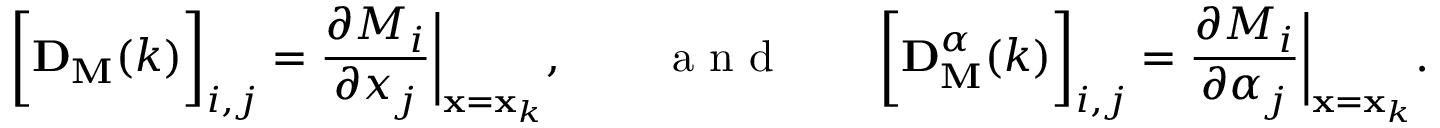
\bigg [ \mathbf { D } _ { \mathbf { M } } ( k ) \bigg ] _ { i , j } = \frac { \partial M _ { i } } { \partial x _ { j } } \bigg | _ { \mathbf { x } = \mathbf { x } _ { k } } , \qquad \mathrm { ~ a ~ n ~ d ~ } \qquad \bigg [ \mathbf { D } _ { \mathbf { M } } ^ { \boldsymbol { \alpha } } ( k ) \bigg ] _ { i , j } = \frac { \partial M _ { i } } { \partial \alpha _ { j } } \bigg | _ { \mathbf { x } = \mathbf { x } _ { k } } .